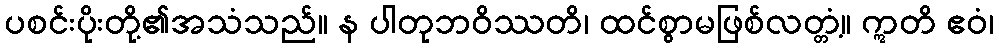
ပစင်းပိုးတို့၏အသံသည်။ န ပါတုဘဝိဿတိ၊ ထင်စွာမဖြစ်လတ္တံ့။ ဣတိ ဧဝံ၊